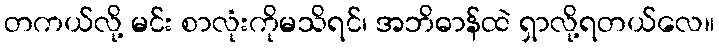
တကယ်လို့ မင်း စာလုံးကိုမသိရင်၊ အဘိဓာန်ထဲ ရှာလို့ရတယ်လေ။